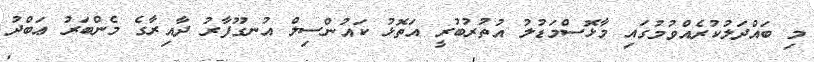
މި ބައްދަލުކުރެއްވުމުގައި މާޅޮސްމަޑުލު އުތުރުބުރީ އަތޮޅު ކައުންސިލް އުނގޫފާރު ދާއިރާގެ މެންބަރު ޢަބްދު